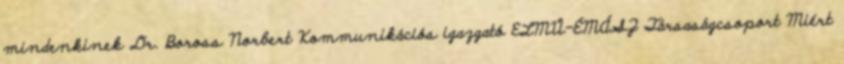
mindenkinek Dr. Boross Norbert Kommunikációs igazgató ELMŰ-ÉMÁSZ Társaságcsoport Miért